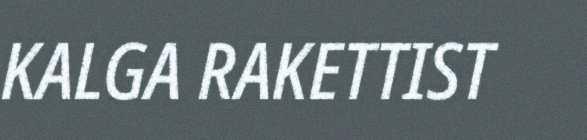
KALGA RAKETTIST